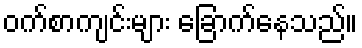
ဝက်စာကျင်းများ ခြောက်နေသည်။